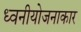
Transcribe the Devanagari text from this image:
ध्वनीयोजनाकार